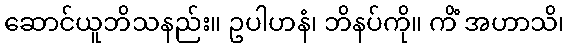
ဆောင်ယူဘိသနည်း။ ဥပါဟနံ၊ ဘိနပ်ကို။ ကိံ အဟာသိ၊